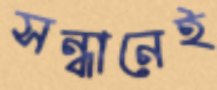
সন্ধানেই